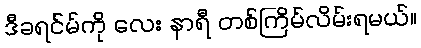
ဒီခရင်မ်ကို လေး နာရီ တစ်ကြိမ်လိမ်းရမယ်။